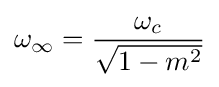
\omega _{\infty }={\frac {\omega _{c}}{\sqrt {1-m^{2}}}}